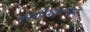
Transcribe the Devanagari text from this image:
तस्माद्दिश्युत्तरस्यां